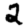
Digit: 2